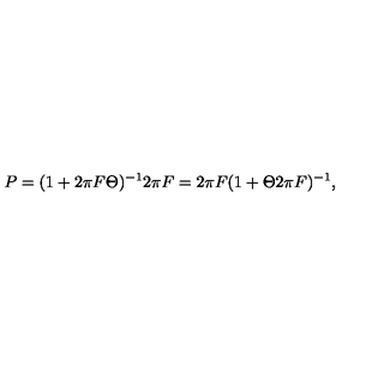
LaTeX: P = ( 1 + 2 \pi F \Theta ) ^ { - 1 } 2 \pi F = 2 \pi F ( 1 + \Theta 2 \pi F ) ^ { - 1 } ,